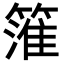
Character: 𥲱